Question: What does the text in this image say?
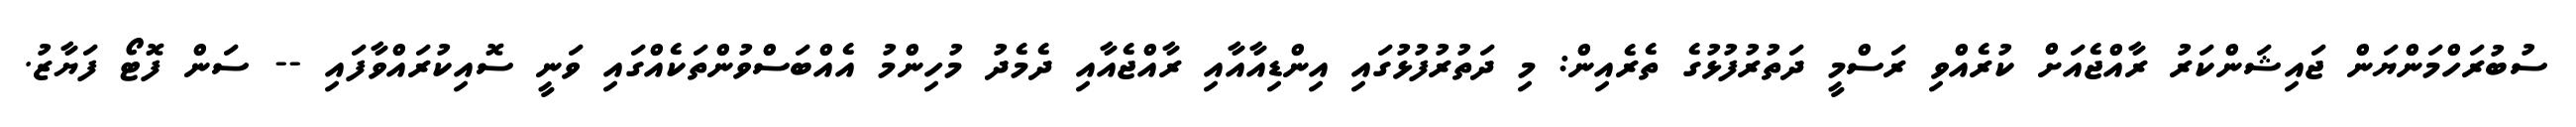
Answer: ސުބުރަހްމަންޔަން ޖައިޝަންކަރު ރާއްޖެއަށް ކުރެއްވި ރަސްމީ ދަތުރުފުޅުގެ ތެރެއިން: މި ދަތުރުފުޅުގައި އިންޑިއާއާއި ރާއްޖެއާއި ދެމެދު މުހިންމު އެއްބަސްވުންތަކެއްގައި ވަނީ ސޮއިކުރައްވާފައި -- ސަން ފޮޓޯ ފަޔާޒު.